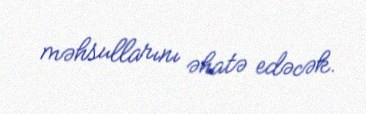
məhsullarını əhatə edəcək.